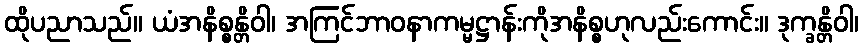
ထိုပညာသည်။ ယံအနိစ္စန္တိဝါ၊ အကြင်ဘာဝနာကမ္မဋ္ဌာန်းကိုအနိစ္စဟုလည်းကောင်း။ ဒုက္ခန္တိဝါ၊